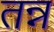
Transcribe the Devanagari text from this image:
तन्न